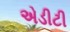
એડીટી